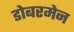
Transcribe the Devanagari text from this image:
डोबरमेन